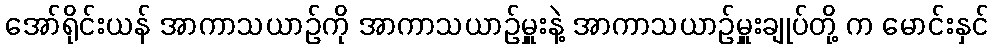
အော်ရိုင်းယန် အာကာသယာဉ်ကို အာကာသယာဉ်မှူးနဲ့ အာကာသယာဉ်မှူးချုပ်တို့ က မောင်းနှင်